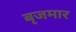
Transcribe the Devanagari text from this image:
बृजमार